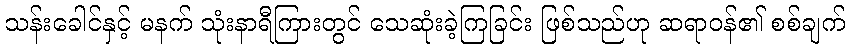
သန်းခေါင်နှင့် မနက် သုံးနာရီကြားတွင် သေဆုံးခဲ့ကြခြင်း ဖြစ်သည်ဟု ဆရာဝန်၏ စစ်ချက်